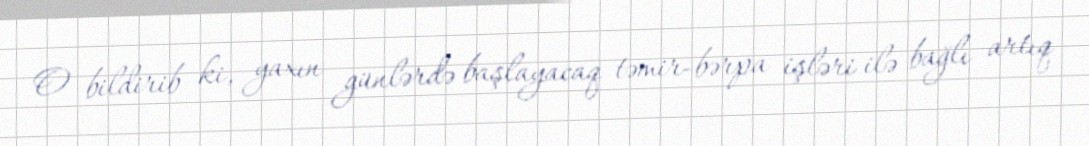
O bildirib ki, yaxın günlərdə başlayacaq təmir-bərpa işləri ilə bağlı artıq